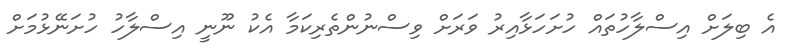
އެ ބިލަށް އިސްލާހުތައް ހުށަހަޅާއިރު ވަރަށް ވިސްނުންތެރިކަމާ އެކު ނޫނީ އިސްލާހު ހުށަނޭޅުމަށް